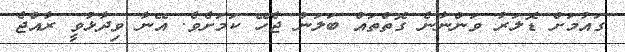
ގައުމަށް ޑޮލަރު ވަންނާނެ ގޮތްތައް ބަލަން ޖެހޭ ކަމަށެވެ. އޭނާ ވިދާޅުވީ ރާއްޖެ